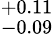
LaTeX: ^{+0.11}_{-0.09}